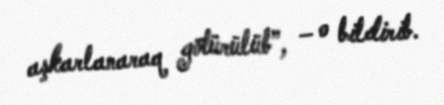
aşkarlanaraq götürülüb”, – o bildirib.